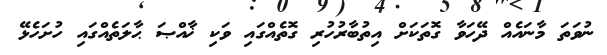
ނުވަތަ މާނައެއް ދޭހަވާ ގޮތަކަށް އިތުބާރުހުރި ގޮތެއްގައި ވަކި ޚާއްޞަ ޙާލަތެއްގައި ހުށަހެޅޭ